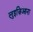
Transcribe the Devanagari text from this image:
लुइज़िआना